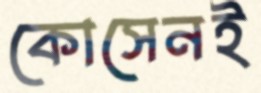
কোসেনই